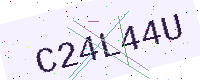
Text: C24L44U